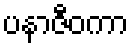
ပနာဇီဝကာ